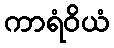
ကာရံဝိယံ